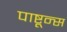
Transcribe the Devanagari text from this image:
पाष्टून्स